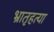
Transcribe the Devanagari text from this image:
भ्रातृहत्या